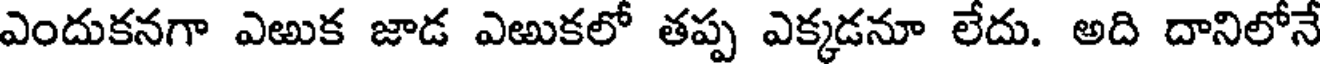
ఎందుకనగా ఎఱుక జాడ ఎఱుకలో తప్ప ఎక్కడనూ లేదు. అది దానిలోనే